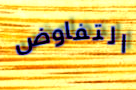
التفاوض